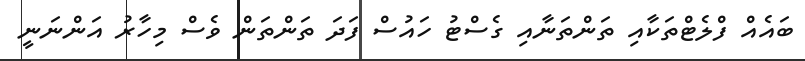
ބައެއް ފްލެޓްތަކާއި ތަންތަނާއި ގެސްޓު ހައުސް ފަދަ ތަންތަން ވެސް މިހާރު އަންނަނީ